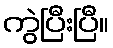
ကွဲပြီးပြီ။